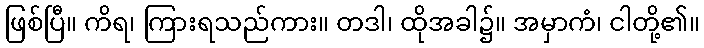
ဖြစ်ပြီ။ ကိရ၊ ကြားရသည်ကား။ တဒါ၊ ထိုအခါ၌။ အမှာကံ၊ ငါတို့၏။